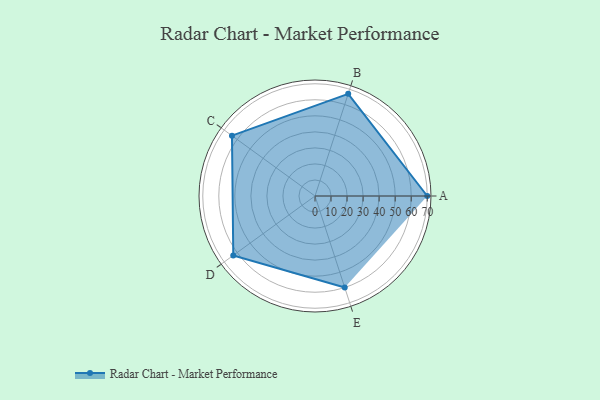
{"axis": {"x": "Skill", "y": "Score"}, "legend": ["Profile"], "data": [{"x": "A", "y": 70.0, "type": "Profile"}, {"x": "B", "y": 67.0, "type": "Profile"}, {"x": "C", "y": 64.0, "type": "Profile"}, {"x": "D", "y": 63.0, "type": "Profile"}, {"x": "E", "y": 60.0, "type": "Profile"}]}